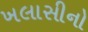
ખલાસીનો